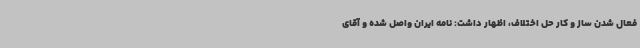
فعال شدن ساز و کار حل اختلاف، اظهار داشت: نامه ایران واصل شده و آقای